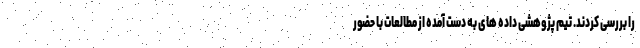
را بررسی کردند. تیم پژوهشی داده های به دست آمده از مطالعات با حضور